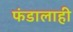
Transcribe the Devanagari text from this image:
फंडालाही